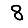
Digit: 8